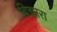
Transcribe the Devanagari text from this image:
विझारा